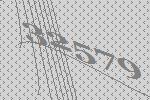
32579